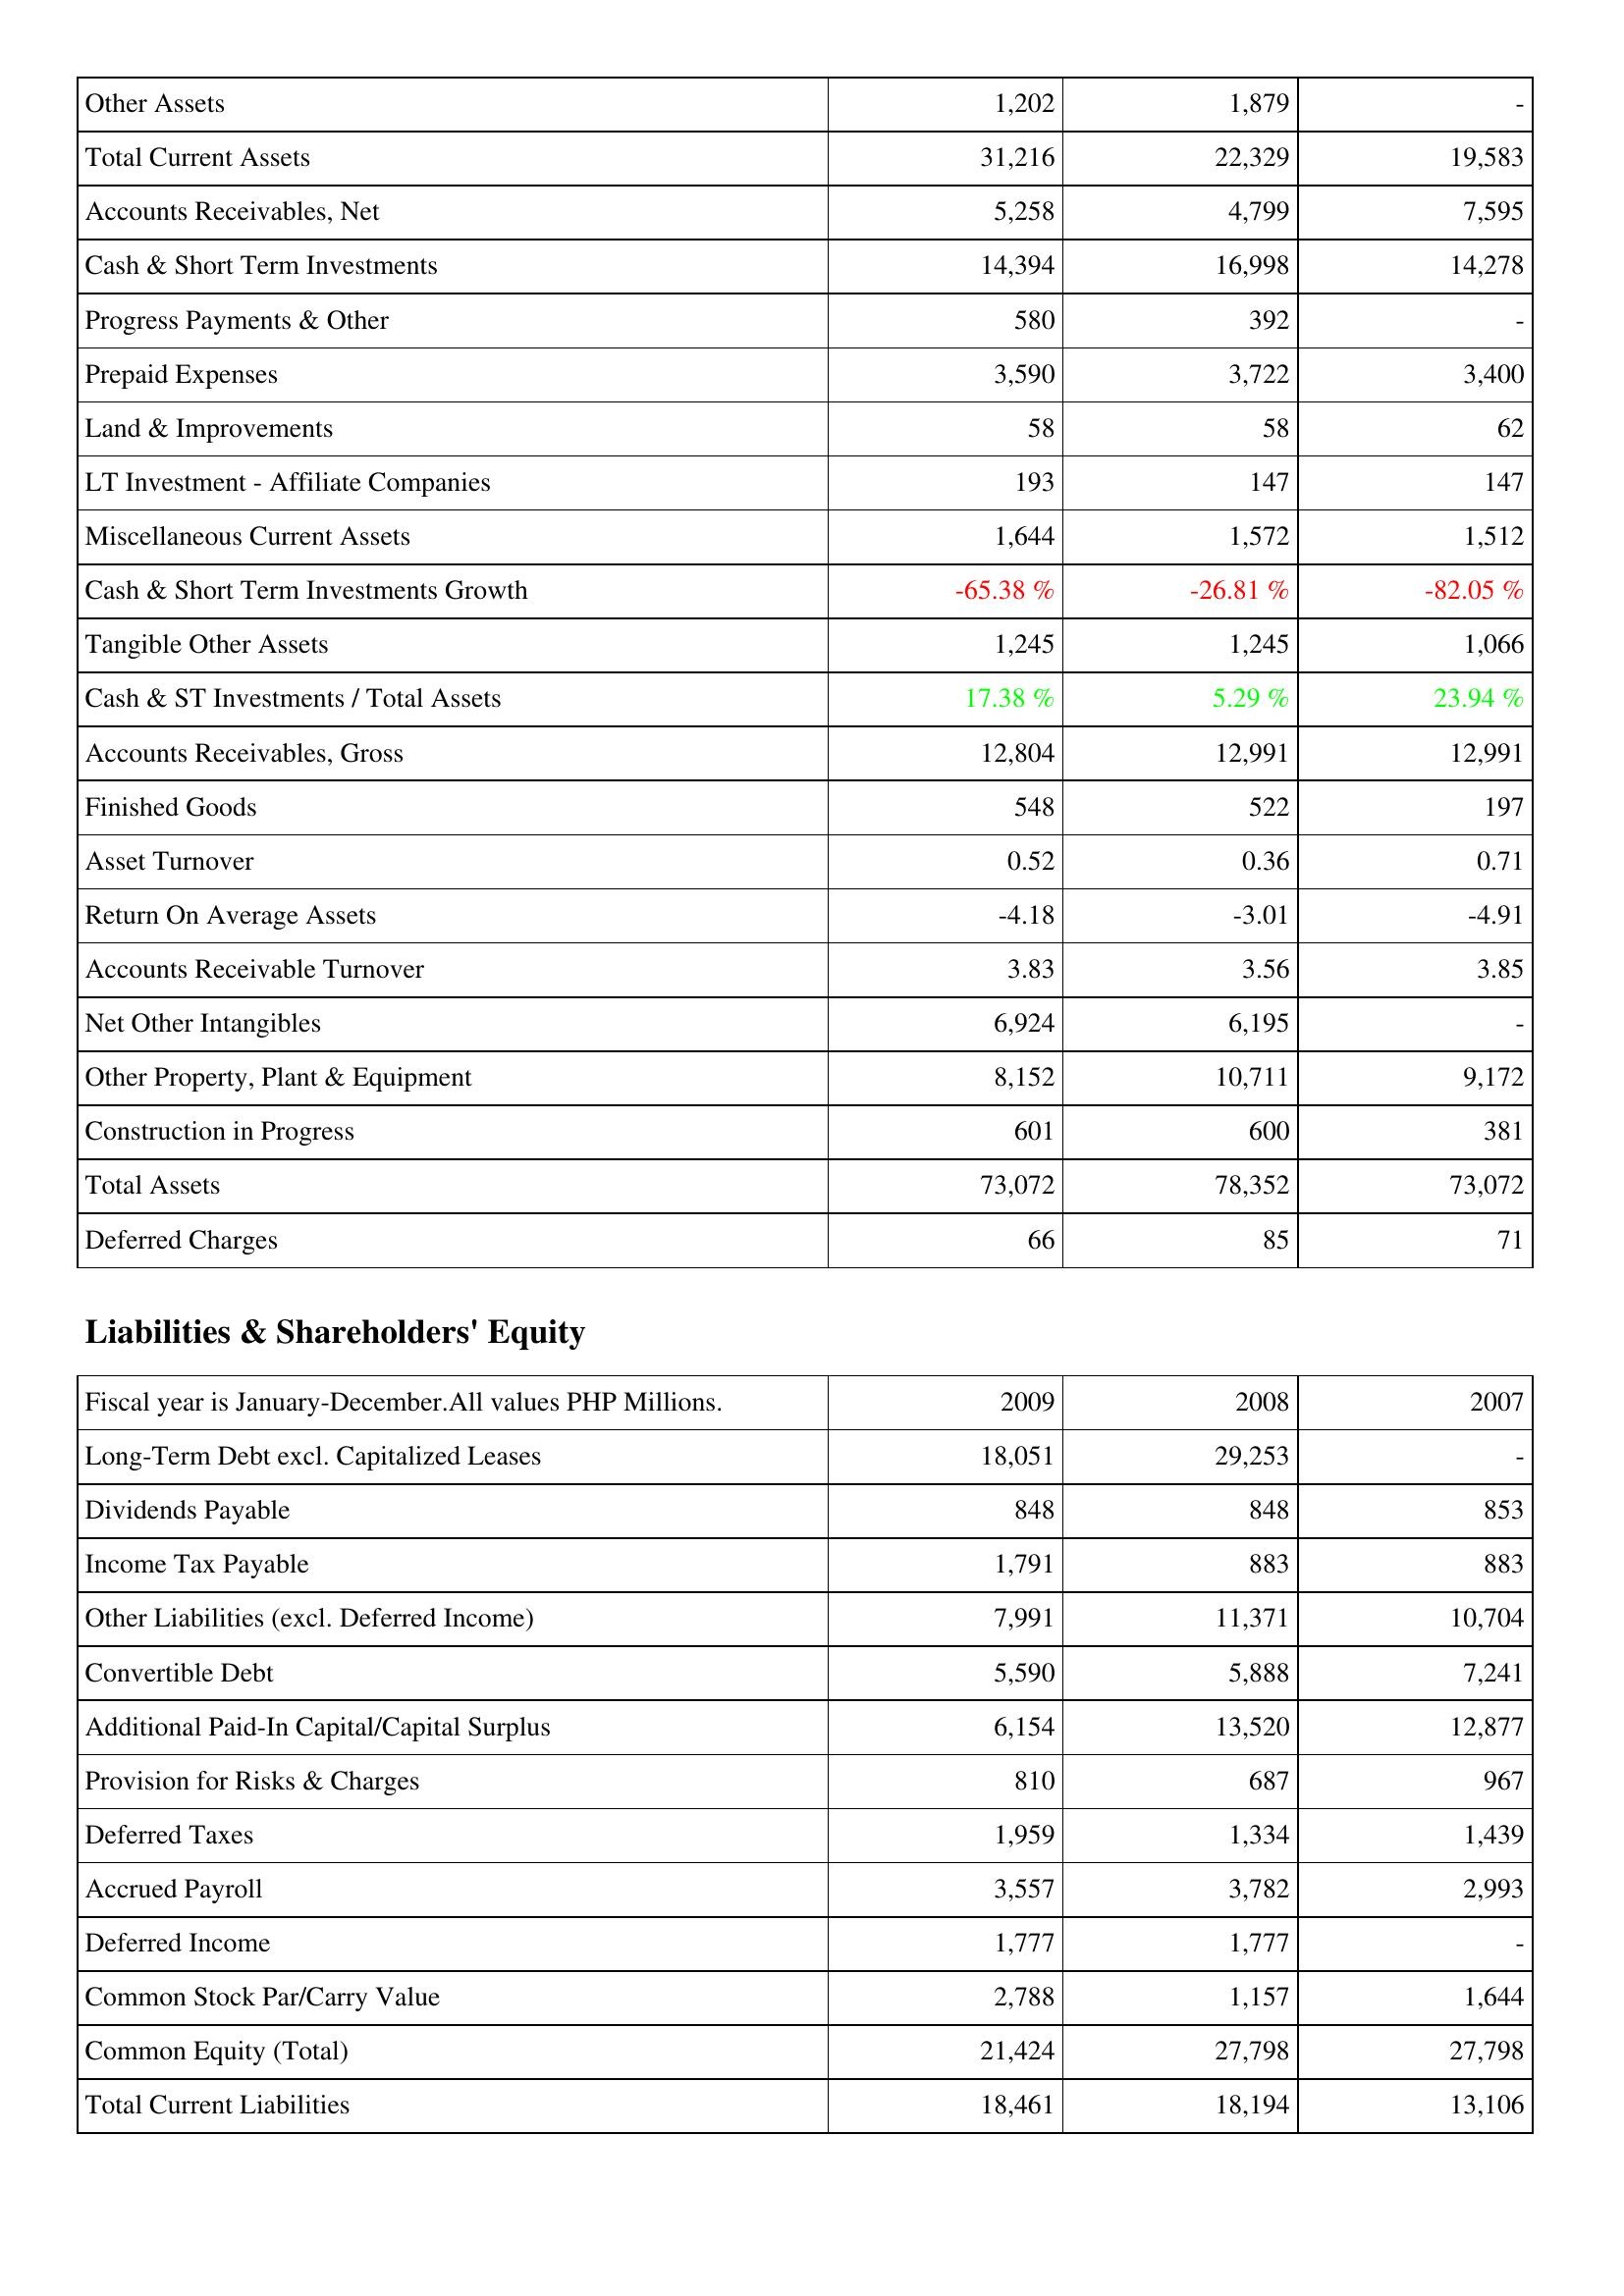
2009: Assets: Other Assets: 1,202
Total Current Assets: 31,216
Accounts Receivables, Net: 5,258
Cash & Short Term Investments: 14,394
Progress Payments & Other: 580
Prepaid Expenses: 3,590
Land & Improvements: 58
LT Investment - Affiliate Companies: 193
Miscellaneous Current Assets: 1,644
Cash & Short Term Investments Growth: -65.38 %
Tangible Other Assets: 1,245
Cash & ST Investments / Total Assets: 17.38 %
Accounts Receivables, Gross: 12,804
Finished Goods: 548
Asset Turnover: 0.52
Return On Average Assets: -4.18
Accounts Receivable Turnover: 3.83
Net Other Intangibles: 6,924
Other Property, Plant & Equipment: 8,152
Construction in Progress: 601
Total Assets: 73,072
Deferred Charges: 66
Liabilities & Shareholders' Equity: Long-Term Debt excl. Capitalized Leases: 18,051
Dividends Payable: 848
Income Tax Payable: 1,791
Other Liabilities (excl. Deferred Income): 7,991
Convertible Debt: 5,590
Additional Paid-In Capital/Capital Surplus: 6,154
Provision for Risks & Charges: 810
Deferred Taxes: 1,959
Accrued Payroll: 3,557
Deferred Income: 1,777
Common Stock Par/Carry Value: 2,788
Common Equity (Total): 21,424
Total Current Liabilities: 18,461
2008: Assets: Other Assets: 1,879
Total Current Assets: 22,329
Accounts Receivables, Net: 4,799
Cash & Short Term Investments: 16,998
Progress Payments & Other: 392
Prepaid Expenses: 3,722
Land & Improvements: 58
LT Investment - Affiliate Companies: 147
Miscellaneous Current Assets: 1,572
Cash & Short Term Investments Growth: -26.81 %
Tangible Other Assets: 1,245
Cash & ST Investments / Total Assets: 5.29 %
Accounts Receivables, Gross: 12,991
Finished Goods: 522
Asset Turnover: 0.36
Return On Average Assets: -3.01
Accounts Receivable Turnover: 3.56
Net Other Intangibles: 6,195
Other Property, Plant & Equipment: 10,711
Construction in Progress: 600
Total Assets: 78,352
Deferred Charges: 85
Liabilities & Shareholders' Equity: Long-Term Debt excl. Capitalized Leases: 29,253
Dividends Payable: 848
Income Tax Payable: 883
Other Liabilities (excl. Deferred Income): 11,371
Convertible Debt: 5,888
Additional Paid-In Capital/Capital Surplus: 13,520
Provision for Risks & Charges: 687
Deferred Taxes: 1,334
Accrued Payroll: 3,782
Deferred Income: 1,777
Common Stock Par/Carry Value: 1,157
Common Equity (Total): 27,798
Total Current Liabilities: 18,194
2007: Assets: Other Assets: -
Total Current Assets: 19,583
Accounts Receivables, Net: 7,595
Cash & Short Term Investments: 14,278
Progress Payments & Other: -
Prepaid Expenses: 3,400
Land & Improvements: 62
LT Investment - Affiliate Companies: 147
Miscellaneous Current Assets: 1,512
Cash & Short Term Investments Growth: -82.05 %
Tangible Other Assets: 1,066
Cash & ST Investments / Total Assets: 23.94 %
Accounts Receivables, Gross: 12,991
Finished Goods: 197
Asset Turnover: 0.71
Return On Average Assets: -4.91
Accounts Receivable Turnover: 3.85
Net Other Intangibles: -
Other Property, Plant & Equipment: 9,172
Construction in Progress: 381
Total Assets: 73,072
Deferred Charges: 71
Liabilities & Shareholders' Equity: Long-Term Debt excl. Capitalized Leases: -
Dividends Payable: 853
Income Tax Payable: 883
Other Liabilities (excl. Deferred Income): 10,704
Convertible Debt: 7,241
Additional Paid-In Capital/Capital Surplus: 12,877
Provision for Risks & Charges: 967
Deferred Taxes: 1,439
Accrued Payroll: 2,993
Deferred Income: -
Common Stock Par/Carry Value: 1,644
Common Equity (Total): 27,798
Total Current Liabilities: 13,106